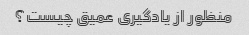
منظور از یادگیری عمیق چیست؟